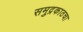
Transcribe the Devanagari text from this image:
समुद्रकाठचा